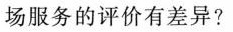
场服务的评价有差异?